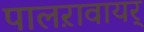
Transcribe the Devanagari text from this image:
पालऱावायर्